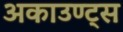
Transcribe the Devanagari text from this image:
अकाउण्ट्स